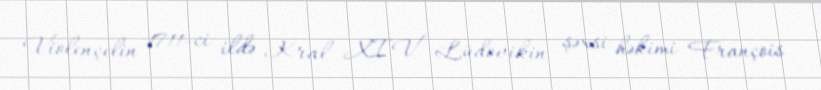
Violençelin 1711-ci ildə Kral XIV Lüdovikin şəxsi həkimi François